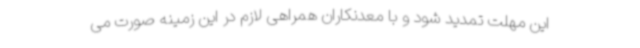
این مهلت تمدید شود و با معدنکاران همراهی لازم در این زمینه صورت می